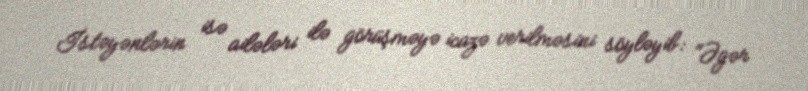
İstəyənlərin isə ailələri ilə görüşməyə icazə verilməsini söyləyib: "Əgər